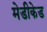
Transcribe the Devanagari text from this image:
मेडीकेड